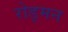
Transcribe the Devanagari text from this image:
रोड्मन